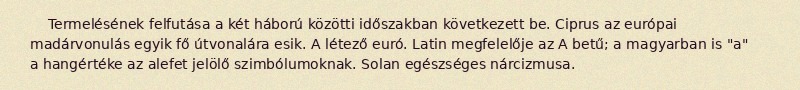
Termelésének felfutása a két háború közötti időszakban következett be. Ciprus az európai madárvonulás egyik fő útvonalára esik. A létező euró. Latin megfelelője az A betű; a magyarban is "a" a hangértéke az alefet jelölő szimbólumoknak. Solan egészséges nárcizmusa.